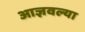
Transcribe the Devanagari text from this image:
आज्ञवल्या